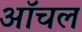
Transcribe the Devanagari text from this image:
ऑचल